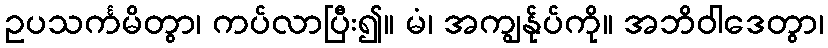
ဥပသင်္ကမိတွာ၊ ကပ်လာပြီး၍။ မံ၊ အကျွန်ုပ်ကို။ အဘိဝါဒေတွာ၊